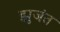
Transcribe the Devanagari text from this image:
झुजंत